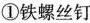
①铁螺丝钉